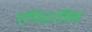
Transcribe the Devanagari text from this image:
एपिडरमिस